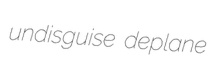
undisguise deplane